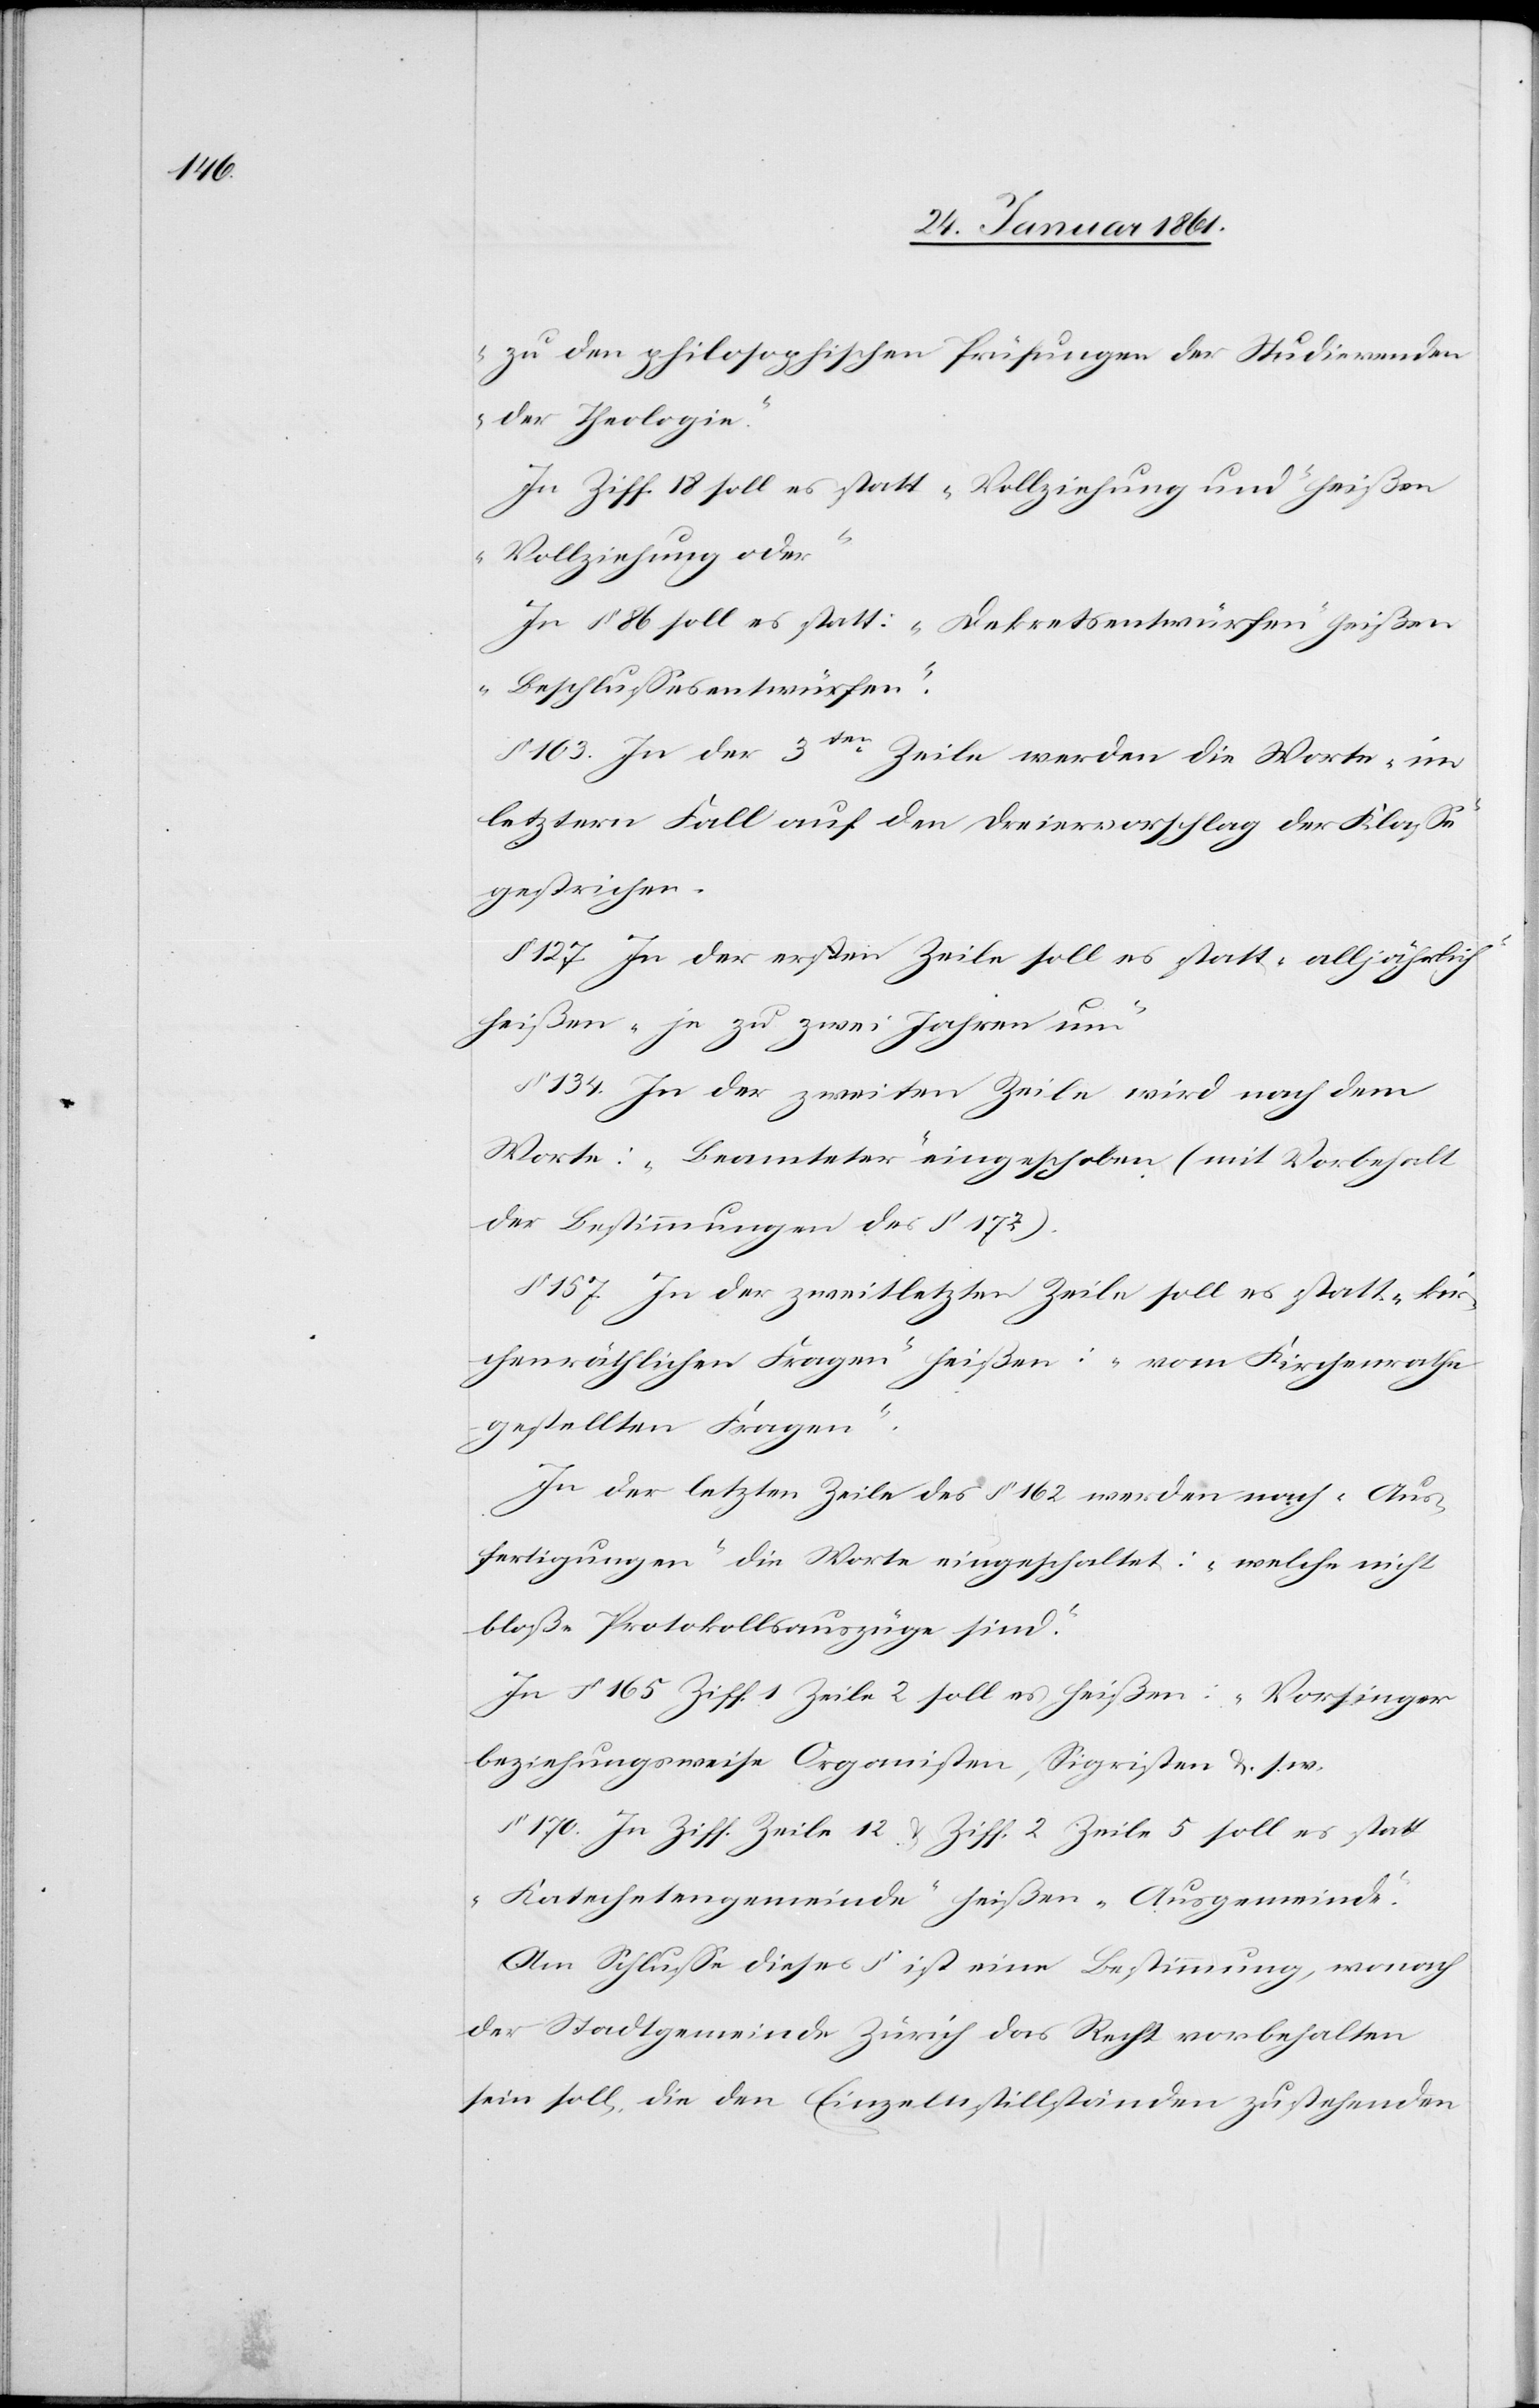
zu den philosophischen Prüfungen der Studierenden
der Theologie.“
In Ziff. 18 soll es statt „Vollziehung und“ heißen
„Vollziehung oder“
In §. 86 soll es statt: „Dekretsentwürfen“ heißen
„Beschlussesentwürfen“.
§. 103. In der 3ten Zeile werden die Worte „im
letztern Fall auf den Dreiervorschlag der Klasse“
gestrichen.
§. 127. In der ersten Zeile soll es statt „alljährlich“
heißen „je zu zwei Jahren um“
134. In der zweiten Zeile wird nach dem
Worte: „Beamteter“ eingeschoben (mit Vorbehalt
der Bestimmungen des §. 172).
§. 157. In der zweitletzten Zeile soll es statt „kir¬
chenräthlichen Fragen“ heißen: „vom Kirchenrathe
gestellten Fragen“.
In der letzten Zeile des §. 162 werden nach „Aus¬
fertigungen“ die Worte eingeschaltet: „welche nicht
bloße Protokollsauszüge sind.“
In §. 165 Ziff. 1 Zeile 2 soll es heißen: „Vorsinger
beziehungsweise Organisten, Siegristen u. s.
§. 170. In Ziff. …Zeile 12 u. Ziff 2 Zeile 5 soll es statt
„Katechetengemeinde“ heißen „Ausgemeinde“.
Am Schlusse dieses § ist eine Bestimmung, wonach
der Stadtgemeinde Zürich das Recht vorbehalten
sein soll, die den Einzelnstillständen zustehenden